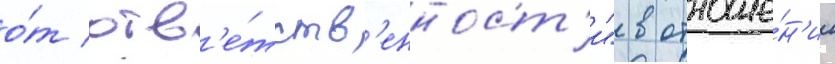
о́т отв'е́тств'енност'и" в отноше́н'ии